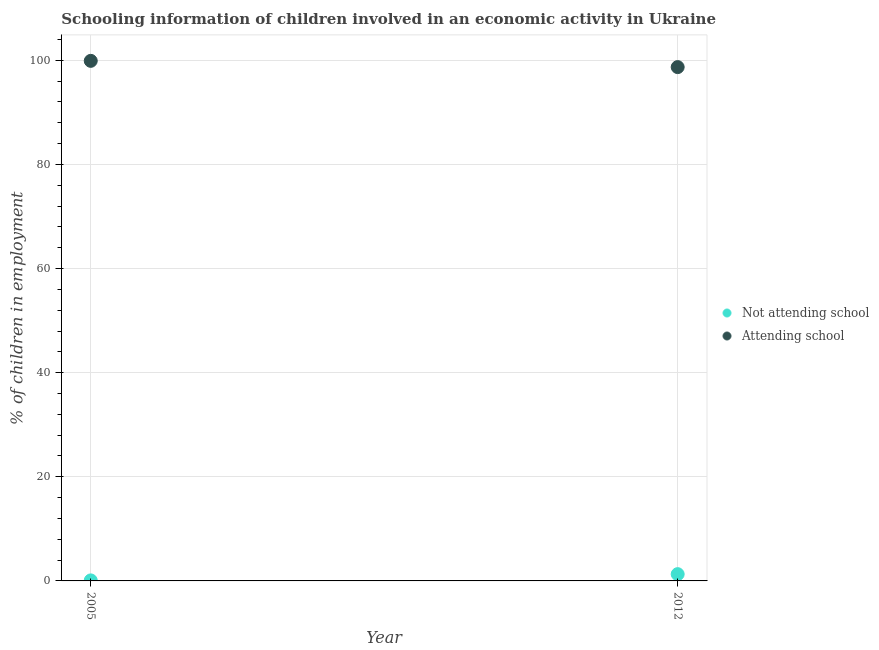
| Year | Not attending school | Attending school |
 | --- | --- | --- |
 | 2005 | 0.1 | 99.9 |
 | 2012 | 1.3 | 98.7 |